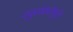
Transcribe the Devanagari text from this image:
नपुसंकतेमुळे